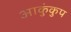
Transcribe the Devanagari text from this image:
आकुंकुप